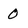
Character: 0